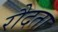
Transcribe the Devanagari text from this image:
रौदता